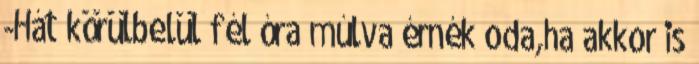
-Hát körülbelül fél óra múlva érnék oda,ha akkor is